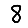
Digit: 8